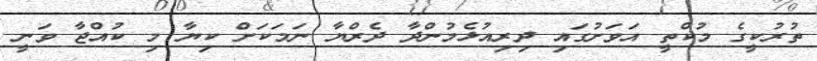
ތުރުކީގެ މުކްތީ އަވަށުގައި ދިރިއުޅެމުންދާ ދެރްޔާ ނަމަކަށް ކިޔާ މި ކުއްޖާ ވަނީ